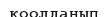
қоолданып